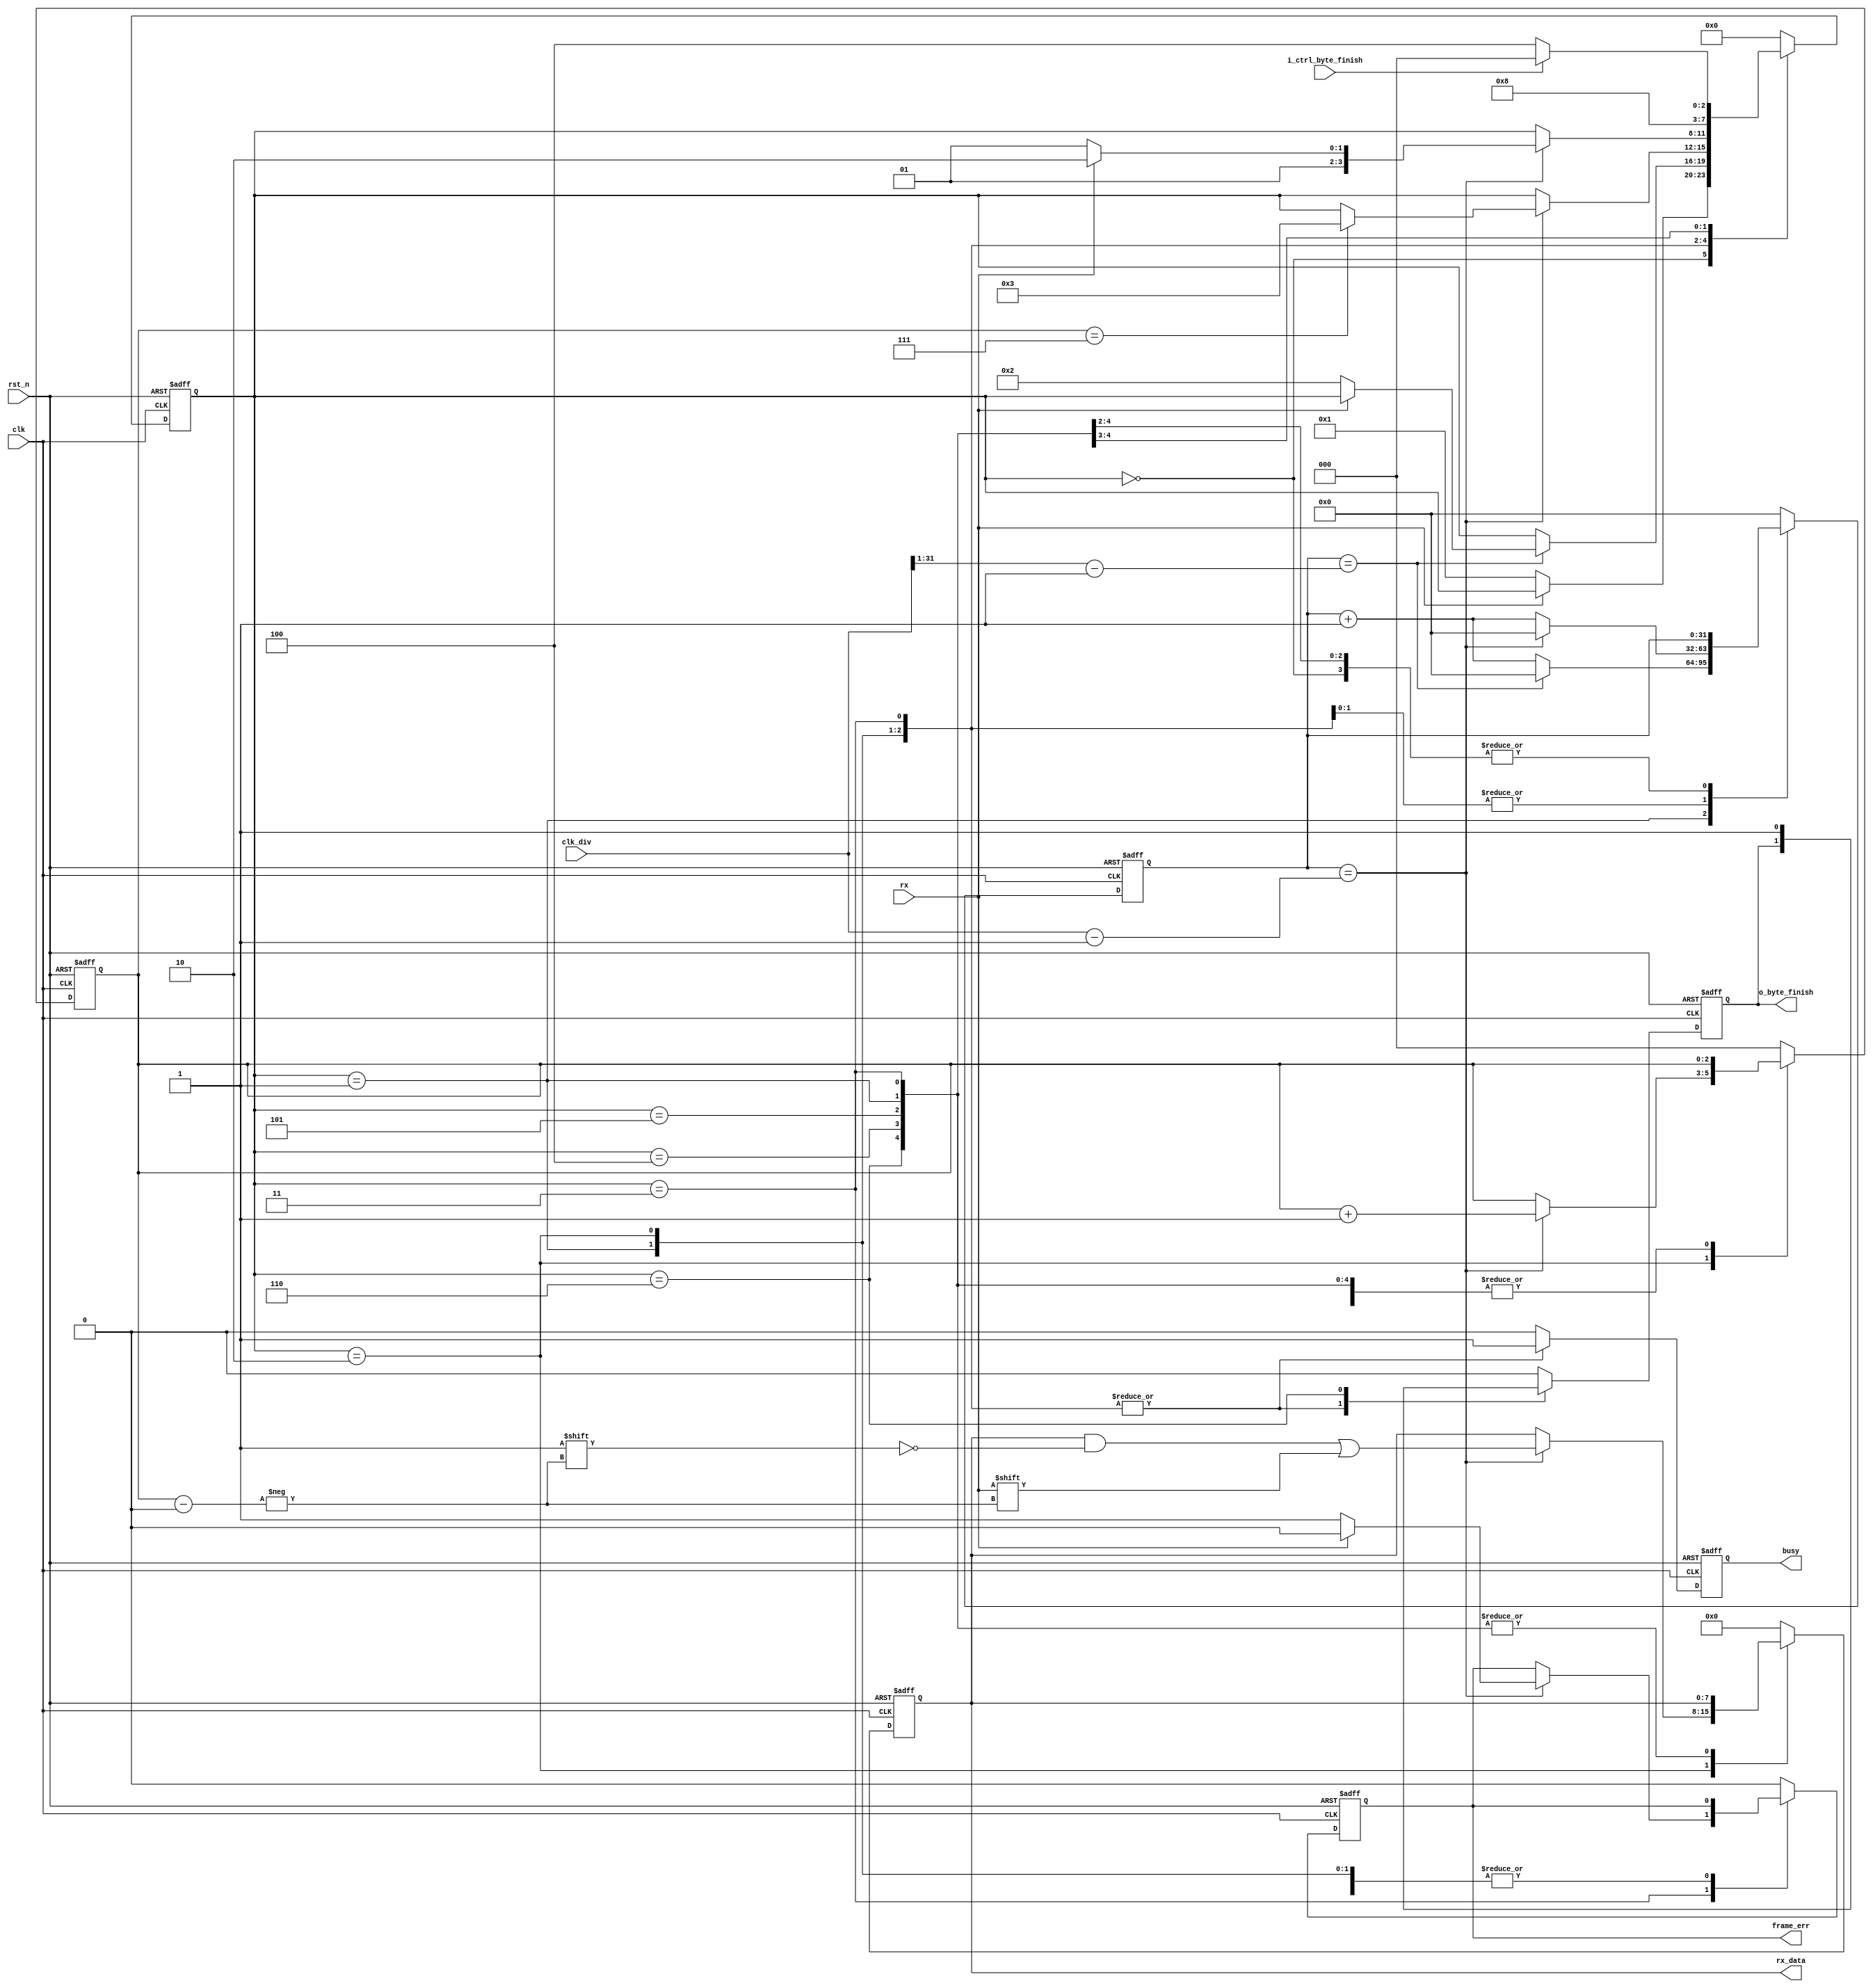
module uart_receive (
  input wire        rst_n,
  input wire        clk,
  input wire [31:0] clk_div,
  input wire        rx,
  output reg        o_byte_finish,
  output reg [7:0]  rx_data,
  input wire        i_ctrl_byte_finish,
  output reg        frame_err,
  output reg        busy
);

  parameter WAIT        = 4'b0000;
  parameter START_BIT   = 4'b0001;
  parameter GET_DATA    = 4'b0010;
  parameter STOP_BIT    = 4'b0011;
  parameter WAIT_READ   = 4'b0100;
  parameter FRAME_ERR   = 4'b0101;
  parameter IRQ         = 4'b0110;

  reg [3:0] state;

  reg [31:0] clk_cnt;

  reg [2:0] rx_index;

  always @(posedge clk or negedge rst_n) begin
    if(!rst_n) begin
      state     <= WAIT;
      clk_cnt   <= 32'h0000_0000;
      rx_index  <= 3'b000;
      o_byte_finish       <= 1'b0;
      frame_err <= 1'b0;
      rx_data   <= 8'h0;
      busy      <= 1'b0;
    end else begin
      case(state)
        WAIT: begin
          o_byte_finish <= 1'b0;
          frame_err <= 1'b0;
          busy <= 1'b0;
          rx_data <= 8'b0;
          if(rx == 1'b0) begin // Start bit detected
            state <= START_BIT;
          end
        end
        START_BIT: begin
          // Check middle of start bit to make sure it's still low
          if(clk_cnt == ((clk_div >> 1) - 1)) begin
            clk_cnt <= 32'h0000_0000;
            if(rx == 1'b0) begin
              state <= GET_DATA;
            end
          end else begin
            clk_cnt <= clk_cnt + 32'h0000_0001;
          end
          busy <= 1'b1;
        end
        GET_DATA: begin
          // Wait CLKS_PER_BIT-1 clock cycles to sample serial data
          if(clk_cnt == (clk_div - 1)) begin
            clk_cnt <= 32'h0000_0000;
            if(rx_index == 3'b111) begin
              state <= STOP_BIT;
            end
            rx_index <= rx_index + 3'b001;
            rx_data[rx_index] <= rx;
            //$display("rx data bit index:%d %b", rx_index, rx_data[rx_index]);
          end else begin
            clk_cnt <= clk_cnt + 32'h0000_0001;
          end
          busy <= 1'b1;
        end
        STOP_BIT: begin//3
          // Receive Stop bit.  Stop bit = 1
          if(clk_cnt == (clk_div - 1)) begin
            clk_cnt <= 32'h0000_0000;
            if(rx == 1'b1) begin
              state <= IRQ;
              //state <= WAIT_READ;
              frame_err <= 1'b0;
            end else begin
              state <= FRAME_ERR;
              frame_err <= 1'b1;
            end
          end else begin
            clk_cnt <= clk_cnt + 32'h0000_0001;
          end
          busy <= 1'b1;
        end
        
        IRQ:begin//6
          o_byte_finish <= 1'b1;
          state <= WAIT_READ;
          busy <= 1'b0;
        end
        
        WAIT_READ: begin//4
          o_byte_finish <= 1'b0;
          busy <= 1'b0;
          if(i_ctrl_byte_finish)
            state <= WAIT;
          else
            state <= WAIT_READ;
        end
        FRAME_ERR:begin
            state <= WAIT;
            o_byte_finish <= 0;
            frame_err <= 0;
            busy <= 1'b0;
        end
        default: begin
          state     <= WAIT;
          clk_cnt   <= 32'h0000_0000;
          rx_index  <= 3'b000;
          o_byte_finish       <= 1'b0;
          rx_data   <= 8'h0;
          frame_err <= 1'b0;
          busy      <= 1'b0;
        end
      endcase
    end
  end

endmodule